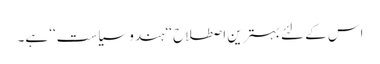
اس کے لئے بہترین اصطلاح ‘‘ہندو سیاست‘‘ ہے۔